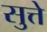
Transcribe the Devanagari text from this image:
सुत्ते